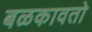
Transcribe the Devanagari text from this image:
बळकावतो